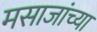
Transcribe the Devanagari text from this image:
मसाजांच्या